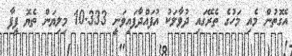
އެގޮތުން މެއި މަހުގެ ތެރޭގައި ދުވާލަކު އުފައްދާފައިވަނީ 10.333 މިލިޔަން ތެޔޮ ފީފާ